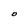
Character: O